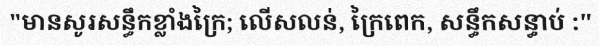
"មានសូរសន្ធឹកខ្លាំងក្រៃ; លើសលន់, ក្រៃពេក, សន្ធឹកសន្ធាប់ :"